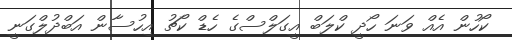
ކޯހުން އެއް ވަނަ ހޯދީ ކްލަބް އީގަލްސްގެ ހެޑް ކޯޗު އިހުސާން އަބްދުލްގަނީ